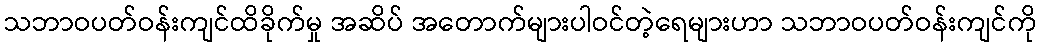
သဘာဝပတ်ဝန်းကျင်ထိခိုက်မှု အဆိပ် အတောက်များပါဝင်တဲ့ရေများဟာ သဘာဝပတ်ဝန်းကျင်ကို